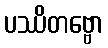
ပဿိတဗ္ဗော